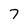
Character: 7